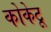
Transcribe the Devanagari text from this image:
कोकेटू